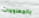
بالمعلومات